Trukikaitis_Postimees, lk 167
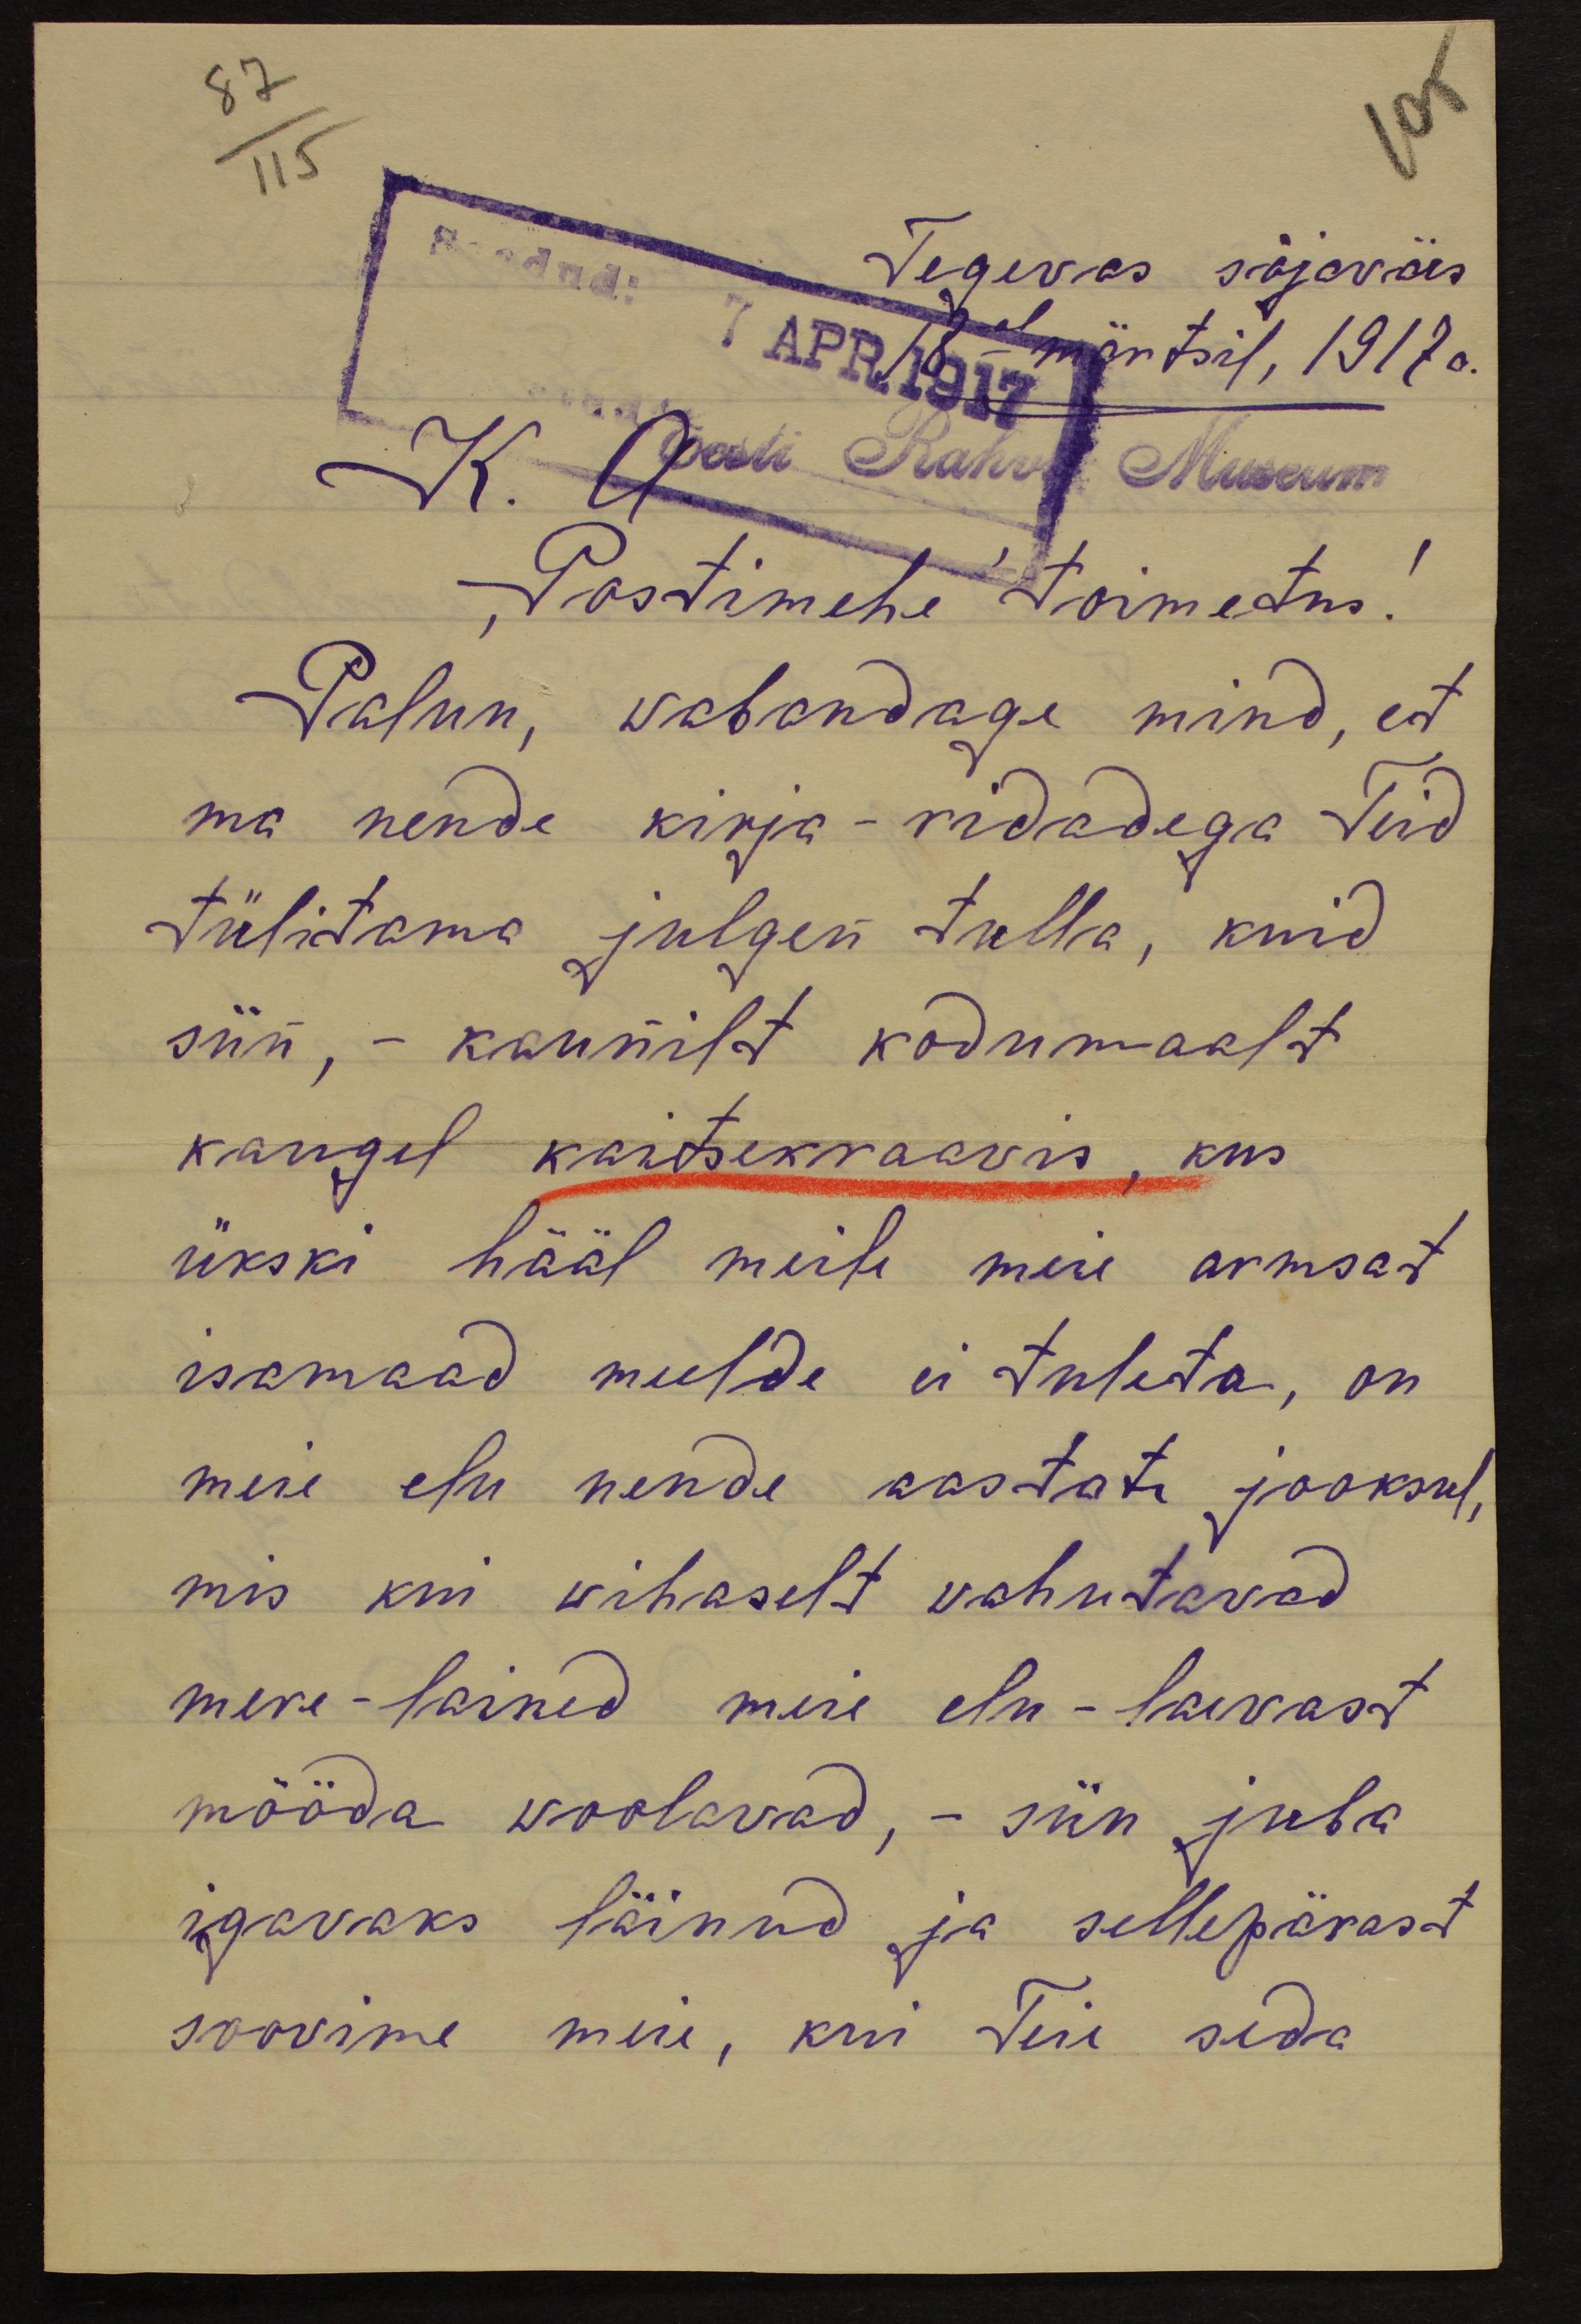
87
115
105
Tegevas sõjaväes
18mal märtsil, 1917 a.
K. A. Eesti Rahva Museum
Postimehe toimetus!
Palun, wabandage mind, et
ma nende kirja-ridadega Teid
tülitama julgen tulla, kuid
siin, - kaunilt kodumaalt
kaugel kaitsekraavis, kus
ükski hääl meile meie armsat
isamaad meelde ei tuleta, on
meie elu nende aastate jooksul,
mis kui vihaselt vahutavad
mere-lained meie elu-laevast
mööda woolavad, - siin juba
igavaks läinud ja sellepärast
soovime meie, kui Teie seda